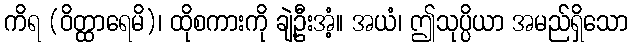
ကိရ (ဝိတ္ထာရေမိ)၊ ထိုစကားကို ချဲ့ဦးအံ့။ အယံ၊ ဤသုပ္ပိယာ အမည်ရှိသော